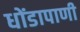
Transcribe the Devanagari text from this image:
धोंडापाणी